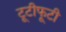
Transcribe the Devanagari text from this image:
टूटीफूटी